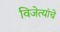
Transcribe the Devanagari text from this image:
विजेत्यांचे